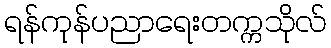
ရန်ကုန်ပညာရေးတက္ကသိုလ်